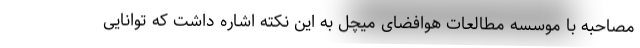
مصاحبه با موسسه مطالعات هوافضای میچل به این نکته اشاره داشت که توانایی